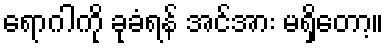
ရောဂါကို ခုခံရန် အင်အား မရှိတော့။